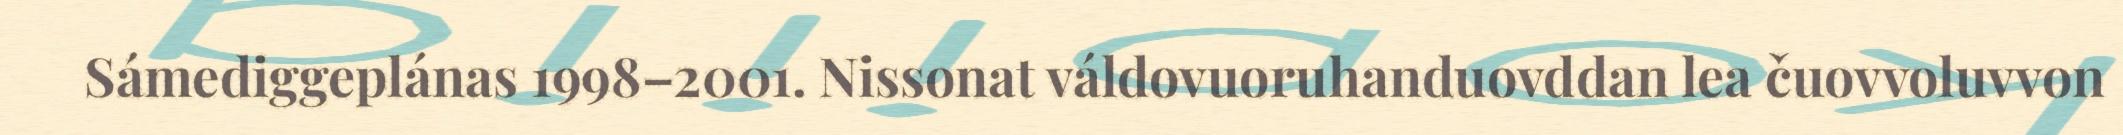
Sámediggeplánas 1998–2001. Nissonat váldovuoruhanduovddan lea čuovvoluvvon